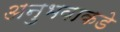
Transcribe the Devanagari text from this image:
अनुभवाकडे